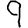
Digit: 9